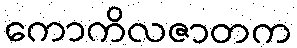
ကောကိလဇာတက